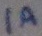
Text: 1A